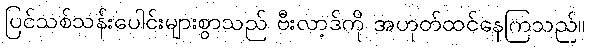
ပြင်သစ်သန်းပေါင်းများစွာသည် ဗီးလာ့ဒ်ကို အဟုတ်ထင်နေကြသည်။